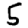
Digit: 5